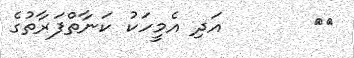
٩٠       އަދި އެމީހަކު ކަނާތްފަރާތުގެ